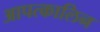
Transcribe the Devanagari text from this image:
आपत्कालिन